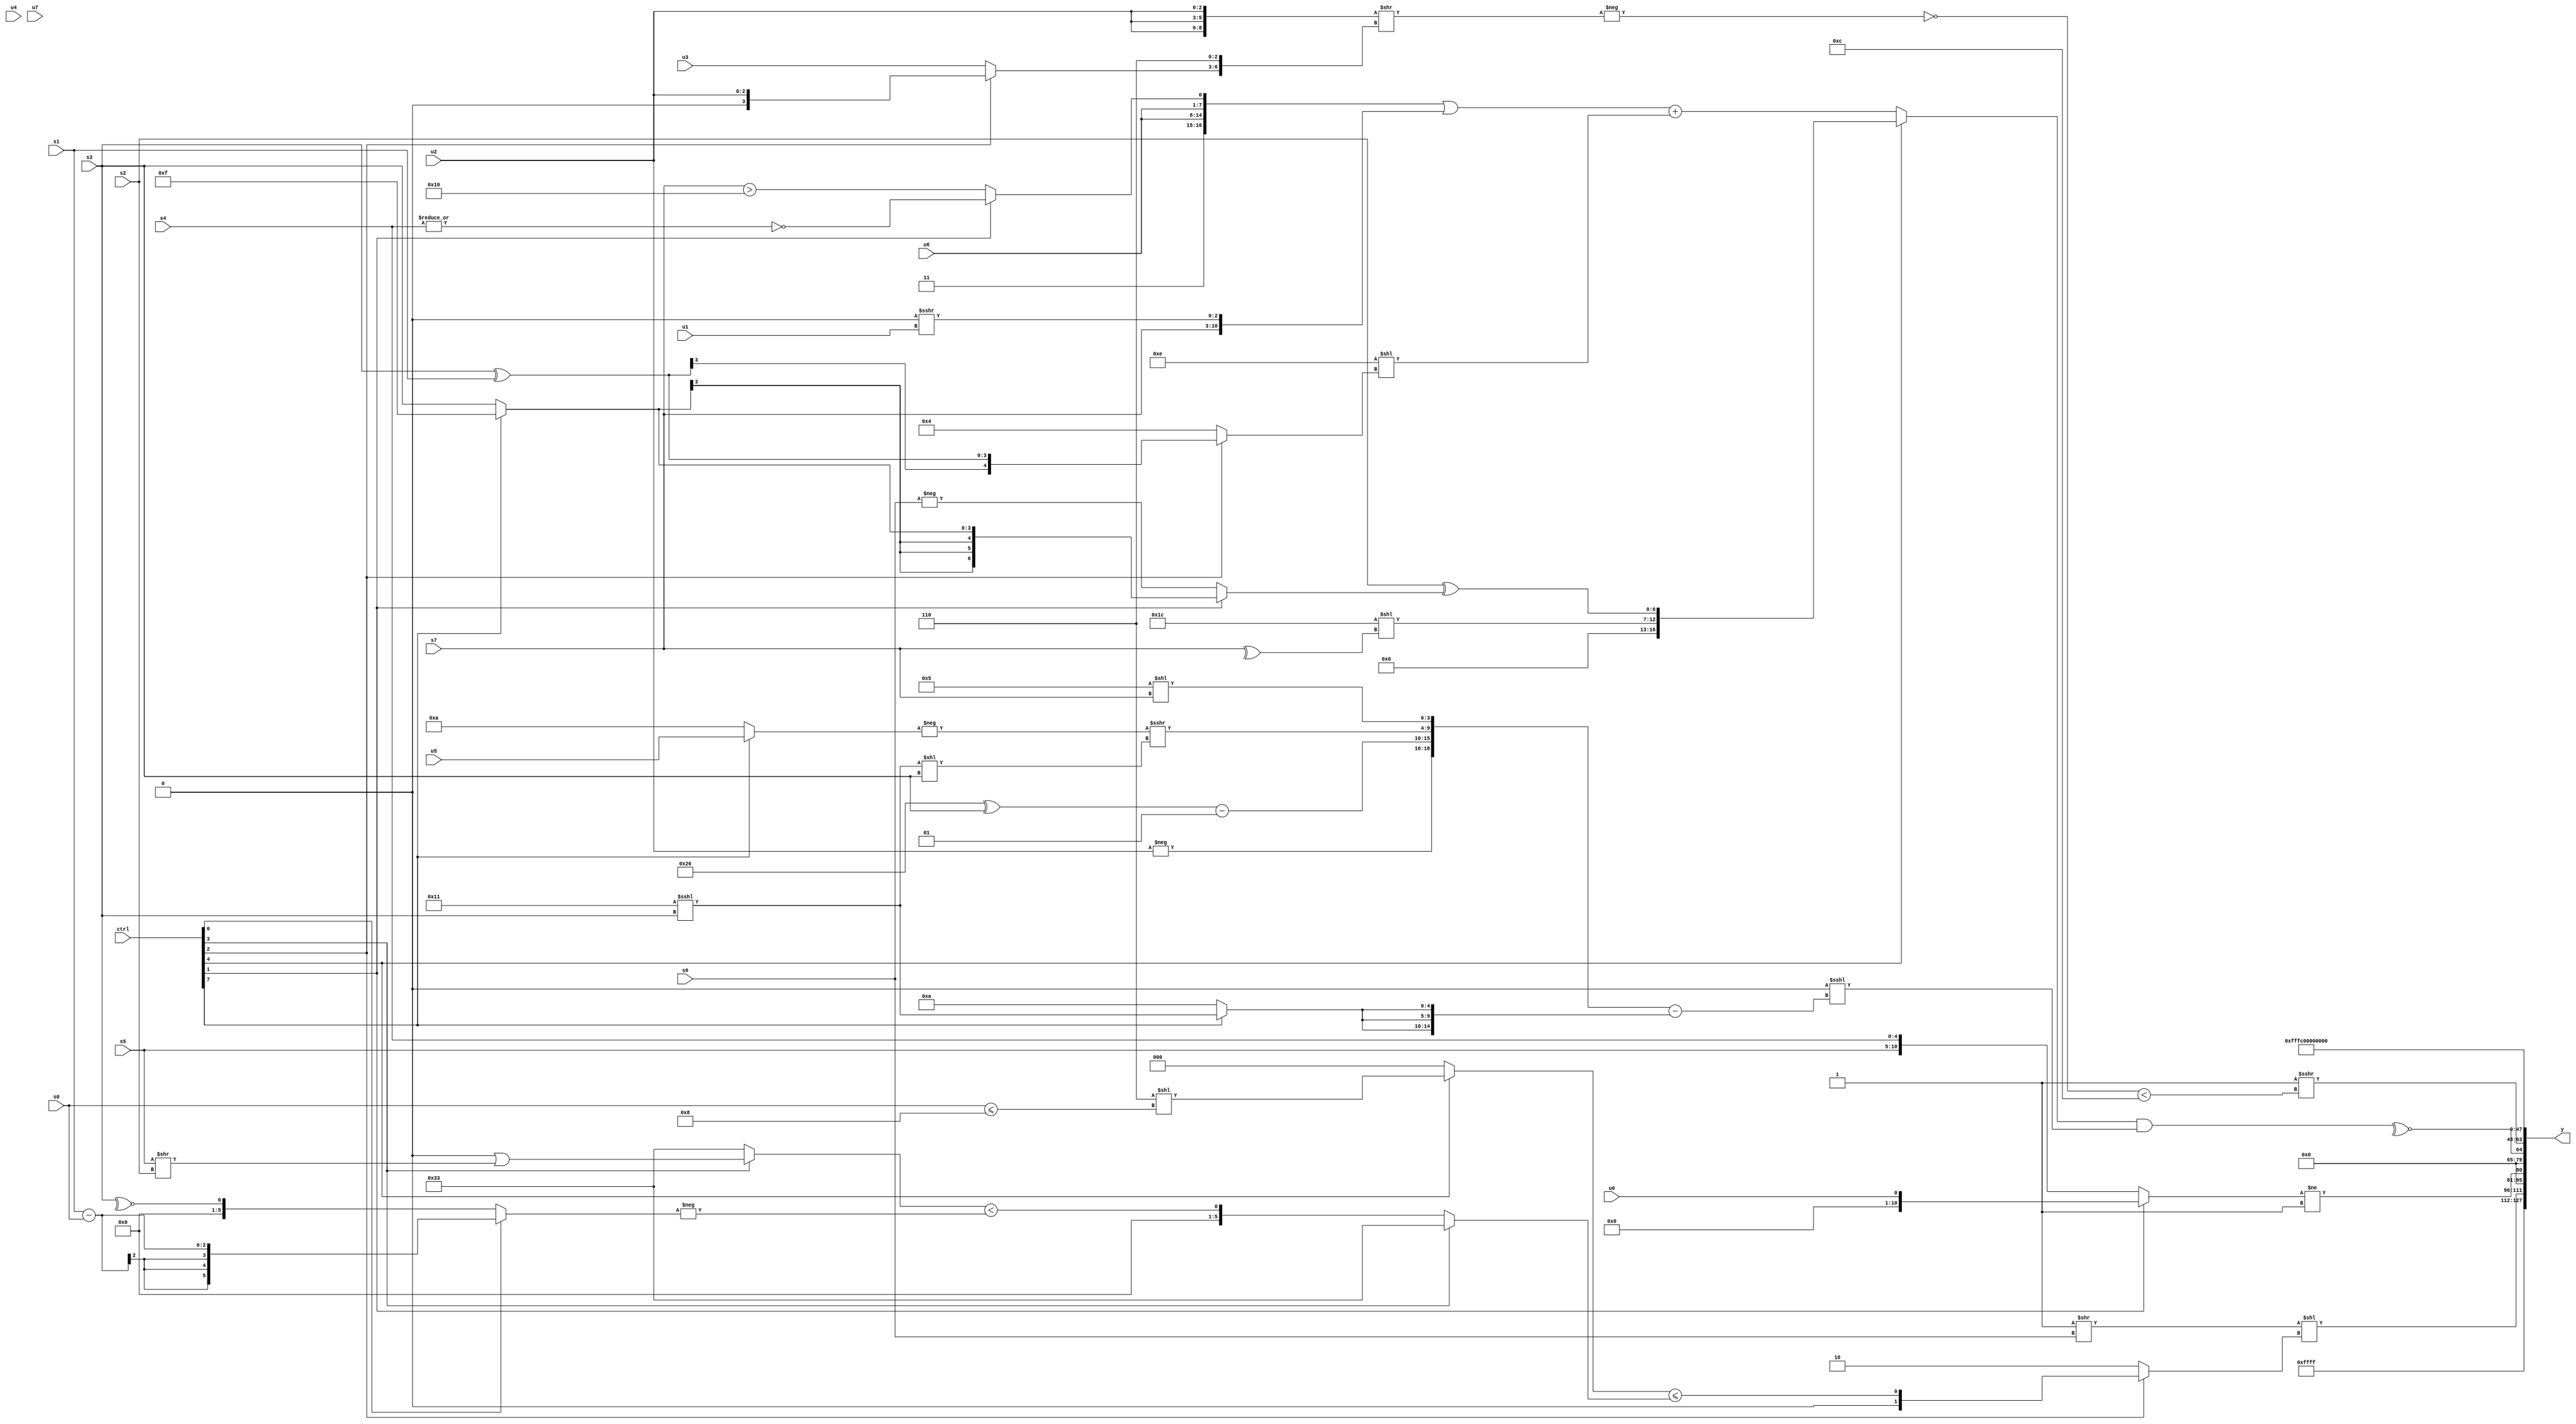
module wideexpr_00530(ctrl, u0, u1, u2, u3, u4, u5, u6, u7, s0, s1, s2, s3, s4, s5, s6, s7, y);
  input [7:0] ctrl;
  input [0:0] u0;
  input [1:0] u1;
  input [2:0] u2;
  input [3:0] u3;
  input [4:0] u4;
  input [5:0] u5;
  input [6:0] u6;
  input [7:0] u7;
  input signed [0:0] s0;
  input signed [1:0] s1;
  input signed [2:0] s2;
  input signed [3:0] s3;
  input signed [4:0] s4;
  input signed [5:0] s5;
  input signed [6:0] s6;
  input signed [7:0] s7;
  output [127:0] y;
  wire [15:0] y0;
  wire [15:0] y1;
  wire [15:0] y2;
  wire [15:0] y3;
  wire [15:0] y4;
  wire [15:0] y5;
  wire [15:0] y6;
  wire [15:0] y7;
  assign y = {y0,y1,y2,y3,y4,y5,y6,y7};
  assign y0 = 1'sb1;
  assign y1 = ($signed(($signed($signed(1'sb1)))>>(s6)))<<((ctrl[2]?($signed($unsigned((ctrl[4]?+(($signed(3'sb110))<<((s0)<=(4'sb1000))):$unsigned({2{(2'sb01)==(3'sb110)}})))))<=($signed((ctrl[3]?6'sb110011:((ctrl[3]?((s4)<<<(3'b111))|((s5)>>(s2)):6'sb110011))<(-((ctrl[0]?(s1)-(s0):~^(s3))))))):4'b0010));
  assign y2 = (+((ctrl[1]?u0:{(s5)>>(1'sb0),$signed(s4)})))!=($signed($unsigned(|(6'sb100000))));
  assign y3 = ~^($signed(((ctrl[4]?{(6'b011100)<<(-($signed(^(s7)))),$signed((s2)^((ctrl[1]?(ctrl[7]?2'sb11:s3):-(s6))))}:(({$unsigned(2'b11),$signed({2{u6}}),(ctrl[1]?~|(s4):(s7)>(6'sb010000))})|({s7,$signed((3'sb000)>>>(u1))}))+({1{(5'sb01110)<<((ctrl[2]?(s3)^(s1):5'sb00100))}})))&((&(4'sb1100))<<<(({-(u2),$unsigned(((6'sb100110)^(s3))-(-(3'sb111))),(-((ctrl[7]?u5:4'sb1010)))>>>(((5'sb10001)<<<(s3))<<($unsigned(s3))),+((4'sb0101)<<($unsigned(s7)))})-({3{(ctrl[7]?(+(5'sb10001))<<<($unsigned(s3)):5'sb01010)}})))));
  assign y4 = (2'sb11)>>>((~(-(({3{$signed(u2)}})>>({(ctrl[2]?u2:u3),3'sb110}))))<(5'sb01100));
  assign y5 = 3'sb100;
  assign y6 = (+(s6))<<({3{6'sb111000}});
  assign y7 = 2'sb00;
endmodule